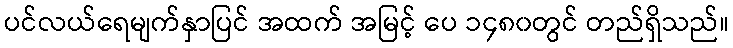
ပင်လယ်ရေမျက်နှာပြင် အထက် အမြင့် ပေ ၁၄၈၀တွင် တည်ရှိသည်။